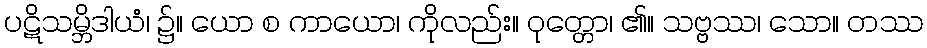
ပဋိသမ္ဘိဒါယံ၊ ၌။ ယော စ ကာယော၊ ကိုလည်း။ ဝုတ္တော၊ ၏။ သဗ္ဗဿ၊ သော။ တဿ